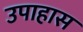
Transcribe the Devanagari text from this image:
उपाहास